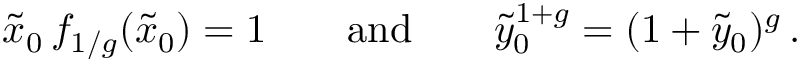
\tilde { x } _ { 0 } \, f _ { 1 / g } ( \tilde { x } _ { 0 } ) = 1 \qquad \mathrm { a n d } \qquad \tilde { y } _ { 0 } ^ { 1 + g } = ( 1 + \tilde { y } _ { 0 } ) ^ { g } \, .